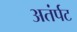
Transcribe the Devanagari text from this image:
अतंर्पट